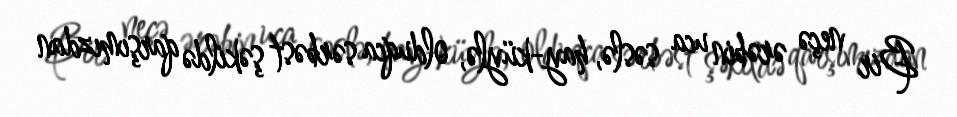
Bir neçə ərəbin uca səslə, hay-küylə, olduqca sərbəst şəkildə qarşımızdan